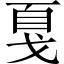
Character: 戛